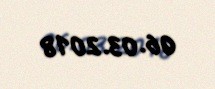
06.03.2018